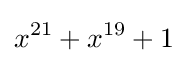
x^{21}+x^{19}+1